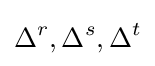
\Delta ^{r},\Delta ^{s},\Delta ^{t}